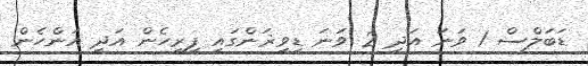
ޑަބަލްސް 1 ވަނަ އަދި 2 ވަނަ ޑިވިޜަންގައި ފިރިހެން އަދި އަންހެން